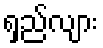
ရှည်လျား